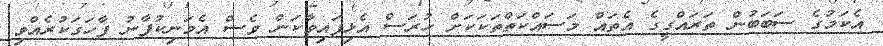
އެކަމުގެ ސަބަބުން ތަރައްގީގެ އެތައް މަސައްކަތްތަކަކަށް ހުރަސް އެޅިފައިވާކަން ވެސް އެމަނިކުފާނު ފާހަގަކުރެއްވި